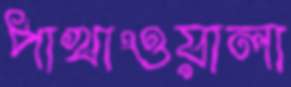
পাখাওয়ালা